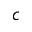
c